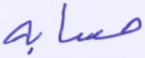
حسابه